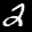
Label: 2